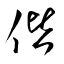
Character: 偕